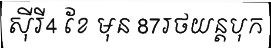
ស៊ីរី4 ខែ មុន 87រថយន្តបុក